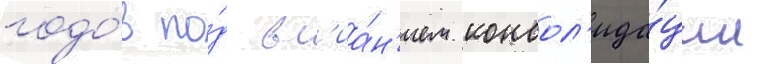
годо́в по́д вл'иа́н'ием консол'ида́ции